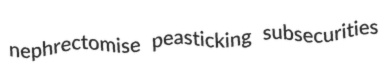
nephrectomise peasticking subsecurities